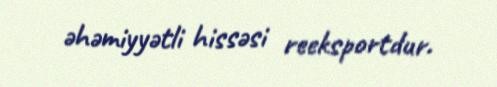
əhəmiyyətli hissəsi reeksportdur.